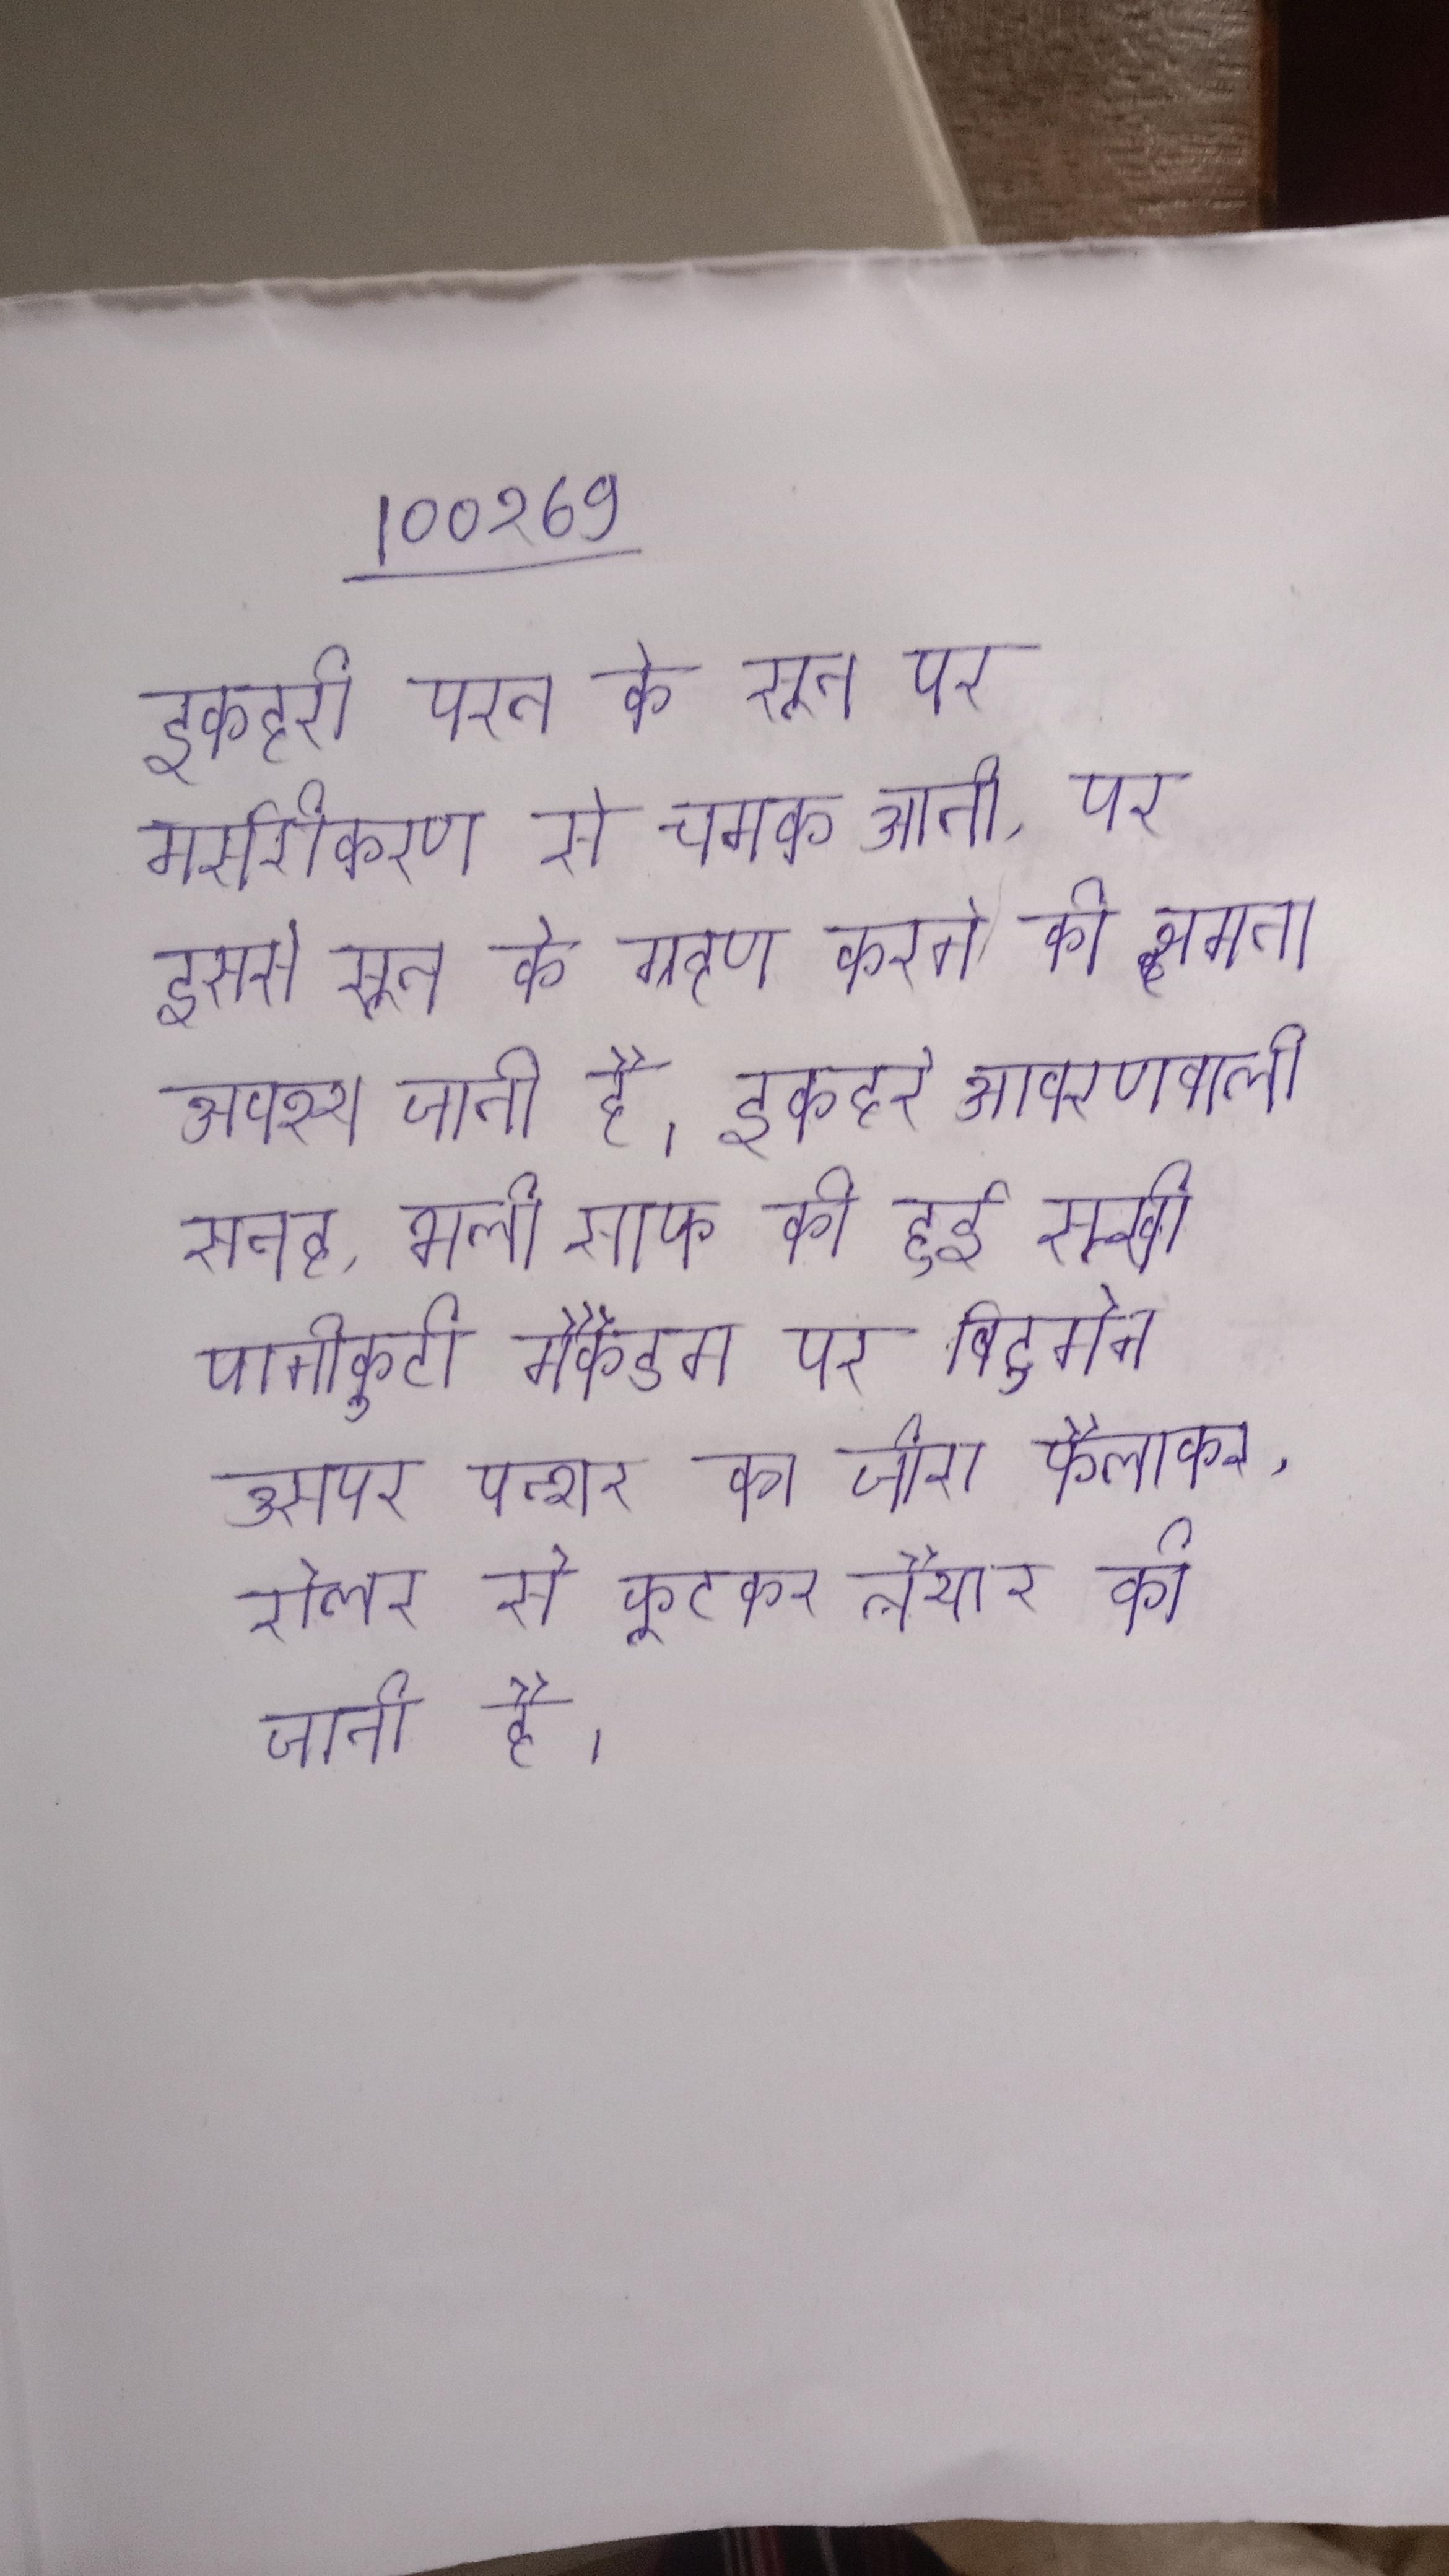
इकहरी परत के सूत पर मर्सरीकरण से चमक आती, पर इससे सूत के ग्रहण करने की क्षमता अवश्य जाती है । इकहरे आवरणवाली सतह, भली साफ की हुई सूखी पानीकुटी मैकेडम पर बिटुमेन उसपर पत्थर का जीरा फैलाकर, रोलर से कूटकर तैयार की जाती है ।